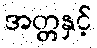
အတ္တနှင့်